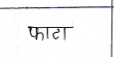
मजकूर: फाटा